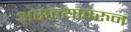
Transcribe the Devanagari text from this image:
असल्यावरुन